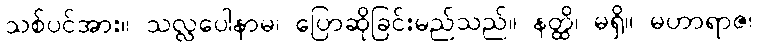
သစ်ပင်အား။ သလ္လပေါနာမ၊ ပြောဆိုခြင်းမည်သည်။ နတ္ထိ၊ မရှိ။ မဟာရာဇ၊